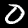
Digit: 0